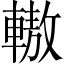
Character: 𨎞